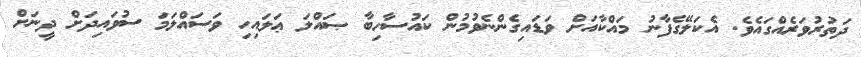
ދަތުރުވަރެއްގައެވެ. އެކަލޭގެފާނު މައްކާއަށް ވަޑައިގެންނެވުމުން ކައުސާހިބާ ޞައްލަ ޢަލައިހި ވަސައްލަމަ ސުވައިދަށް ދީނަށް